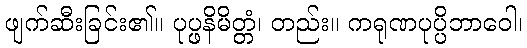
ဖျက်ဆီးခြင်း၏။ ပုပ္ဖနိမိတ္တံ၊ တည်း။ ကရုဏပုပ္ပိဘာဝေါ၊